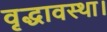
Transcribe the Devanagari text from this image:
वृद्धावस्था।